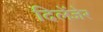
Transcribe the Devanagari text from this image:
दिलेंजेर